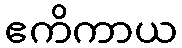
ဧကိကာယ